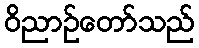
ဝိညာဉ်တော်သည်